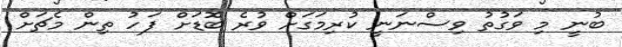
ބުނީ މި ވަގުތު ވިސްނަނީ ކުރިމަގަށް ވުރެ ބޮޑަށް ފަހު ތިން މެޗަށް